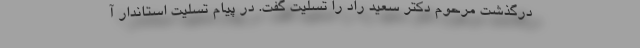
درگذشت مرحوم دکتر سعید راد را تسلیت گفت. در پیام تسلیت استاندار آ